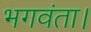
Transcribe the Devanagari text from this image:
भगवंता।